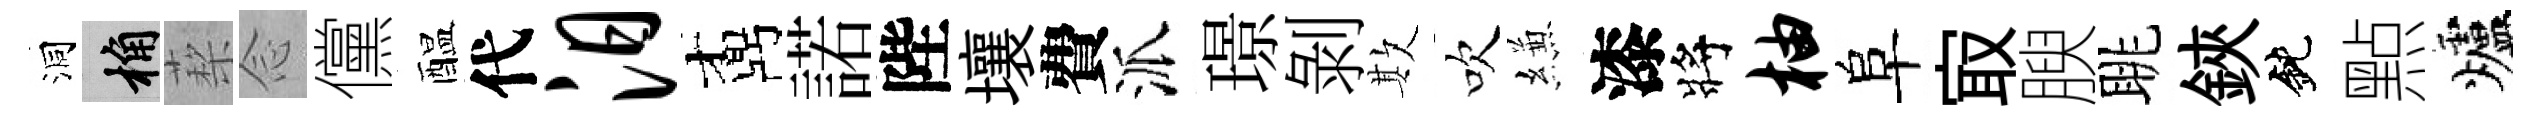
洞桷蔾𫝹儻醖代汨鼒諾陛壤費派璟剝欺吹縑漆將柚阜㝡腴眺鋏鈍㸃爐